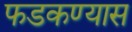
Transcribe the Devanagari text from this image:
फडकण्यास